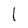
Character: l